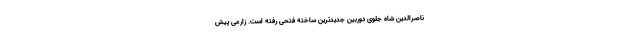
ناصرالدین شاه جلوی دوربین جدیدترین ساخته فتحی رفته‌ است. زارعی پیش